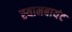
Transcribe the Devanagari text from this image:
स्‍यामबायंट